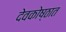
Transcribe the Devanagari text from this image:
देवकोष्ठात